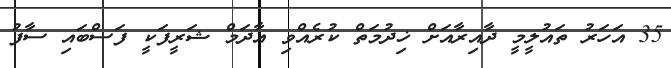
35 އަހަރު ތައުލީމީ ދާއިރާއަށް ޚިދުމަތް ކުރެއްވި އާދަމް ޝަރީފަކީ ފަސްބައި ސާފު